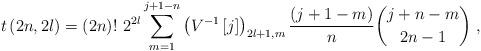
LaTeX: \begin{align*}t\left( 2n,2l\right) =\left( 2n\right) !~2^{2l}\sum_{m=1}^{j+1-n}\left(V^{-1}\left[ j\right] \right) _{2l+1,m}\frac{\left( j+1-m\right) }{n}\binom{j+n-m}{2n-1}\ , \end{align*}